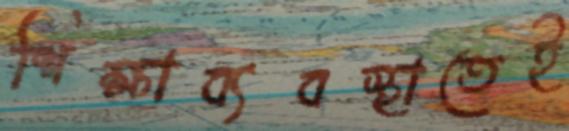
শিক্ষাব্যবস্থাতেই